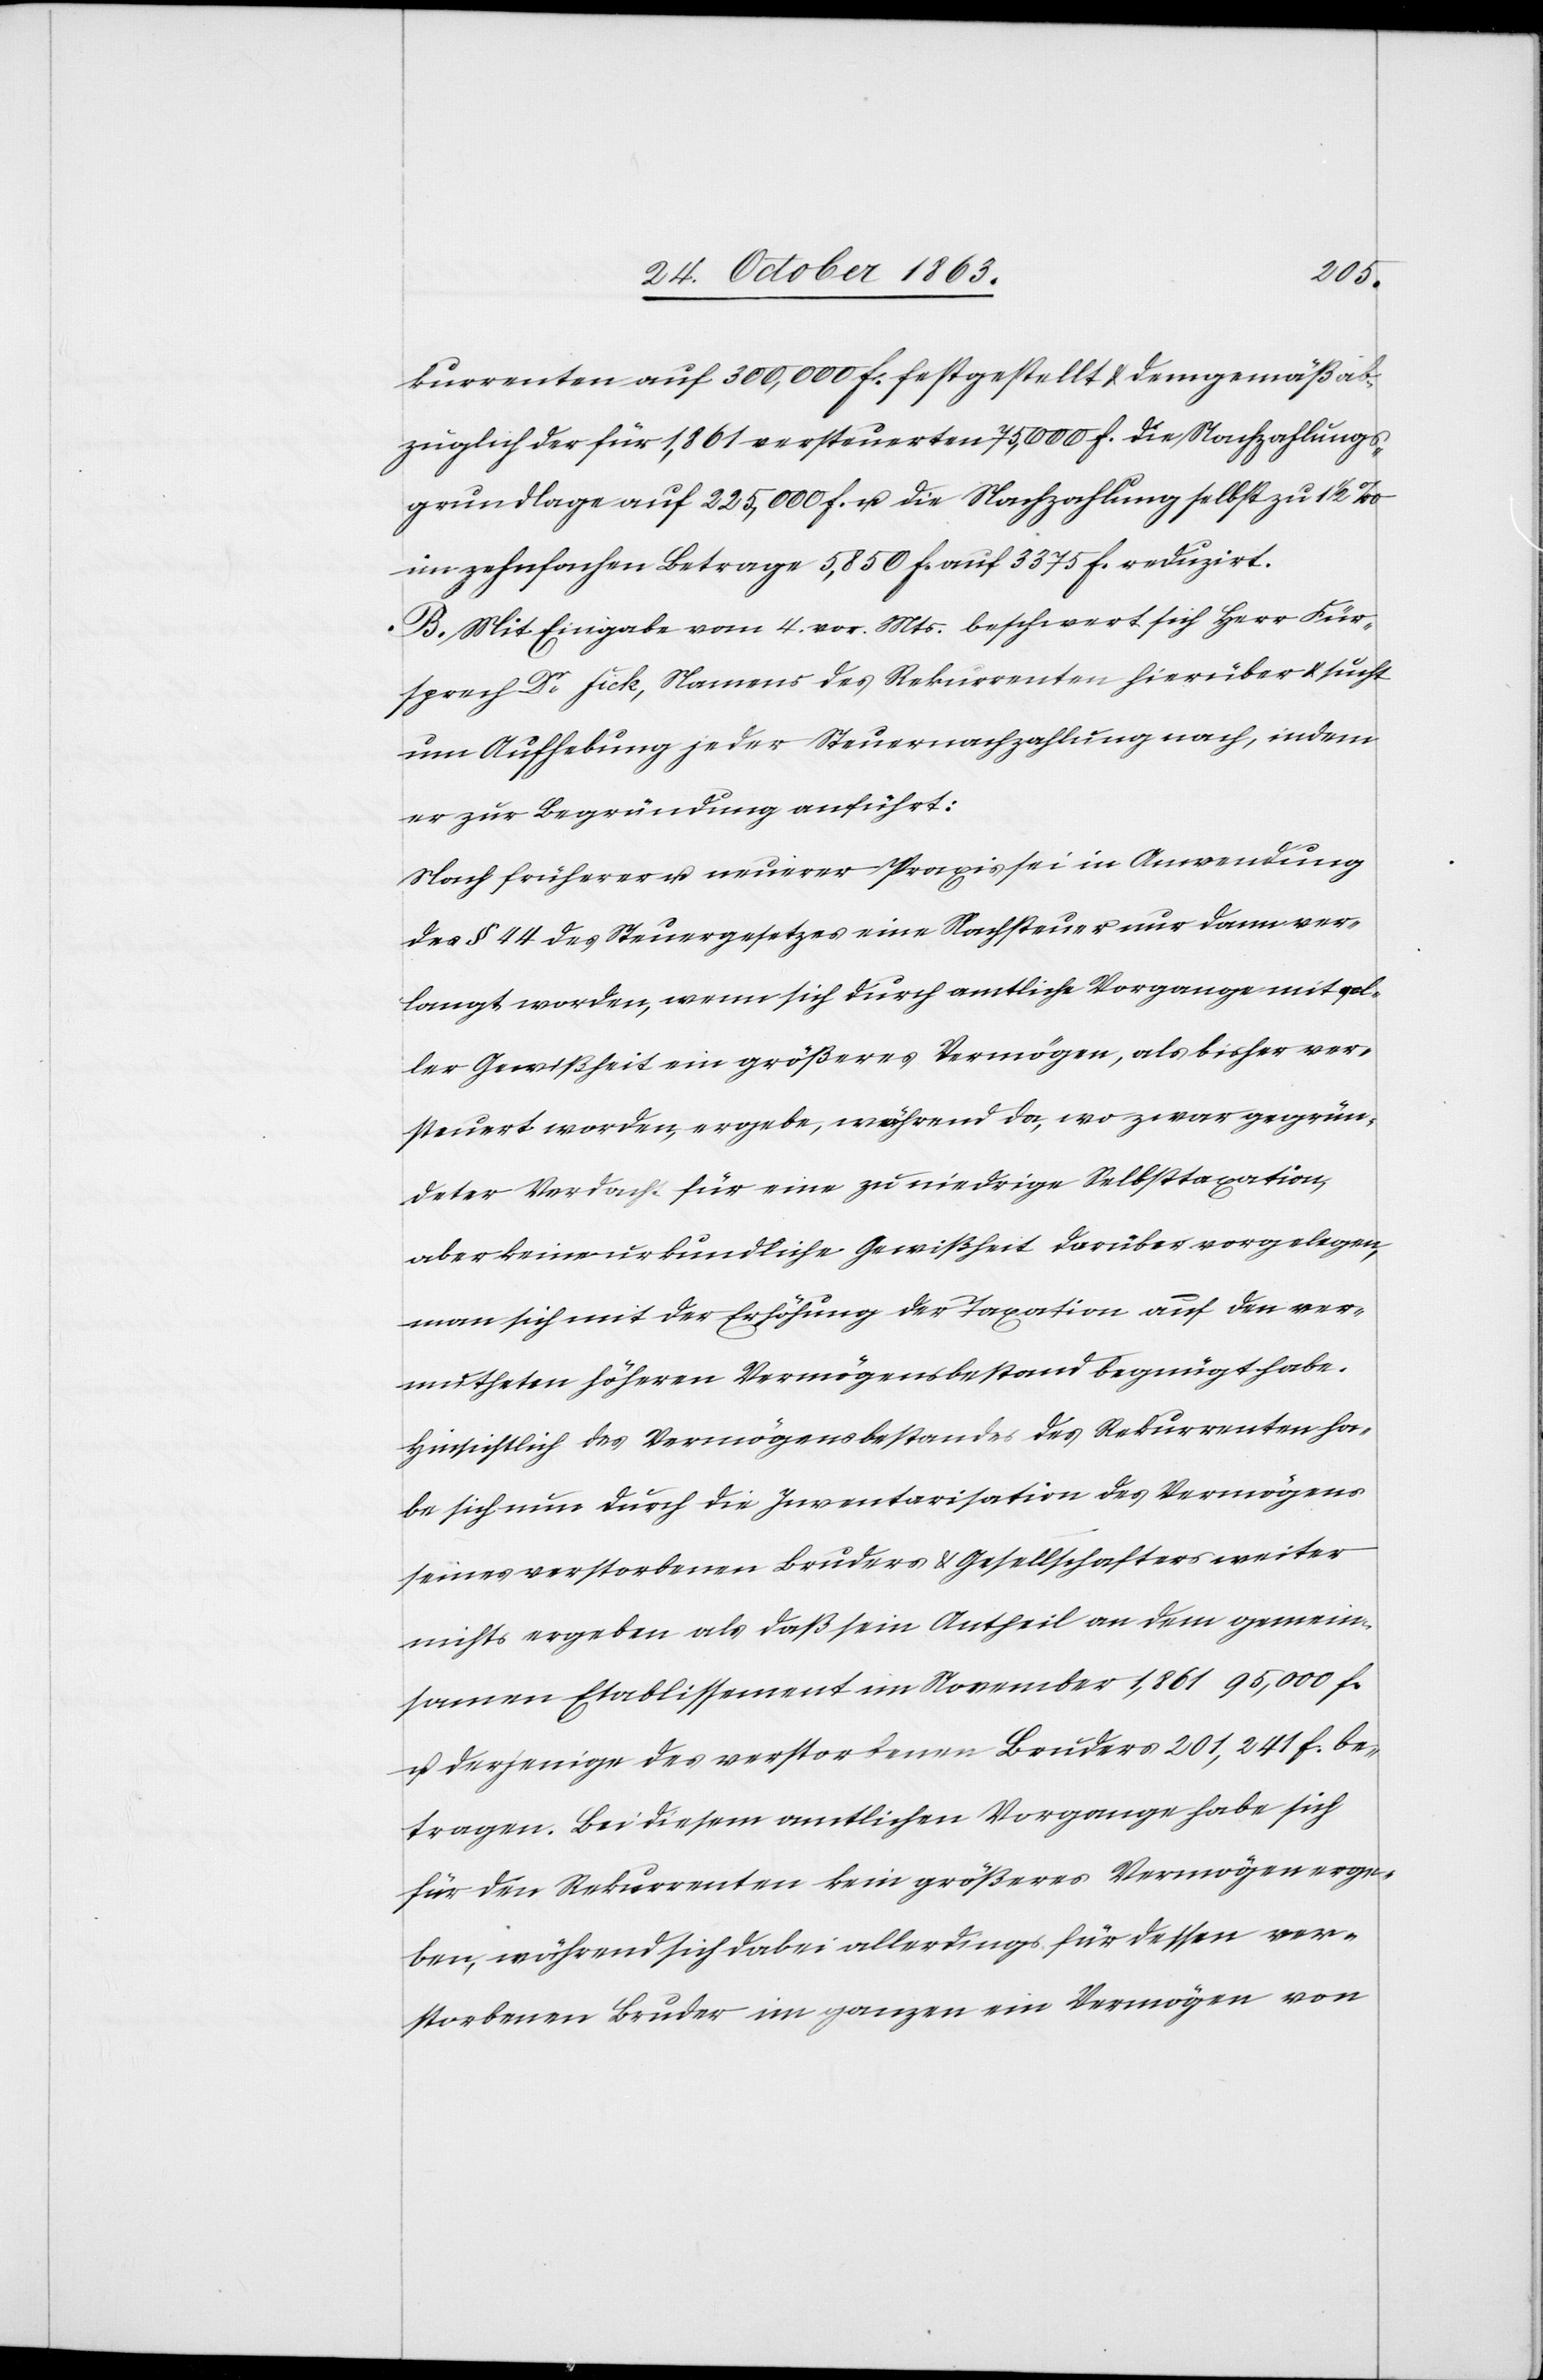
kurrenten auf 300,000 f. festgestellt & demgemäß ab¬
züglich der für 1,861 [sic!] versteuerten 75,000 f. die Nachzahlungs¬
grundlage auf 225,000 f. u. die Nachzahlung selbst zu 1 1/2 ‰
im zehnfachen Betrage 5,850 f. auf 3375 f. reduzirt.
B. Mit Eingabe vom 4. vor. Mts. beschwert sich Herr Für¬
sprech Dr Fick, Namens des Rekurrenten hierüber & sucht
um Aufhebung jeder Steuernachzahlung nach, indem
er zur Begründung anführt:
Nach früherer u. neuerer Praxis sei in Anwendung
des § 44 des Steuergesetzes eine Nachsteuer nur dann ver¬
langt worden, wenn sich durch amtliche Vorgange [sic!] mit al¬
ler Gewißheit ein größeres Vermögen, als bisher ver¬
steuert worden, ergebe, während da, wo zwar gegrün¬
deter Verdacht für eine zu niedrige Selbsttaxation,
aber keine urkundliche Gewißheit darüber vorgelegen,
man sich mit der Erhöhung der Taxation auf den ver¬
mutheten höhern Vermögensbestand begnügt habe.
Hinsichtlich des Vermögensbestandes des Rekurrenten ha¬
be sich nun durch die Inventarisation des Vermögens
seines verstorbenen Bruders & Gesellschafters weiter
nichts ergeben als daß sein Antheil an dem gemein¬
samen Etablissement im November 1,861 95,000 f.
u. derjenige des verstorbenen Bruders 201,241 f. be¬
tragen. Bei diesem amtlichen Vorgange habe sich
für den Rekurrenten kein größeres Vermögen erge¬
ben, während sich dabei allerdings für dessen ver¬
storbenen Bruder im ganzen ein Vermögen von